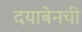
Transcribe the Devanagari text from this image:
दयाबेनची